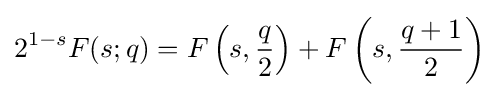
2^{1-s}F(s;q)=F\left(s,{\frac {q}{2}}\right)+F\left(s,{\frac {q+1}{2}}\right)